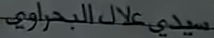
سيدي-علاء-البحرا